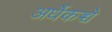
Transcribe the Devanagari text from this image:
अर्धेकच्चे